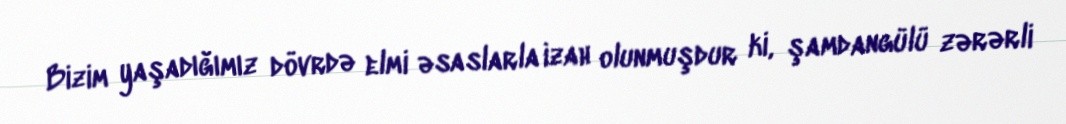
Bizim yaşadığımız dövrdə elmi əsaslarla izah olunmuşdur ki, şamdangülü zərərli